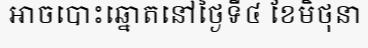
អាចបោះឆ្នោតនៅថ្ងៃទី៤ ខែមិថុនា